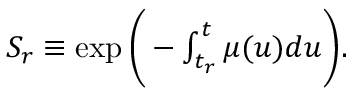
\begin{array} { r } { S _ { r } \equiv \exp { \bigg ( - \int _ { t _ { r } } ^ { t } \mu ( u ) d u \bigg ) } . } \end{array}